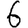
Digit: 6